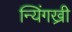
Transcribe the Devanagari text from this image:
न्यिंगख्री